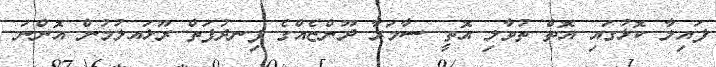
ފައިލާ ކޮޅުގައި އޮތް ތުވާލި އޮތީ ސާމަރާ ދޫންޏެއްގެ ފިނދުފަތް ރޫޅައލުުމުން އޮންނަ